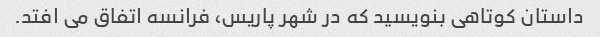
داستان کوتاهی بنویسید که در شهر پاریس، فرانسه اتفاق می افتد.